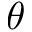
\boldsymbol \theta